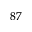
^ { 8 7 }